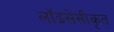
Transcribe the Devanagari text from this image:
लॉइसेंसीकृत